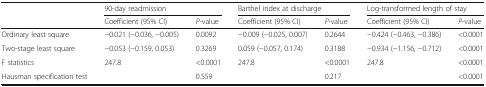
<table><thead><tr><td rowspan="2"></td><td colspan="2"><b>90-day readmission</b></td><td colspan="2"><b>Barthel index at discharge</b></td><td colspan="2"><b>Log-transformed length of stay</b></td></tr><tr><td><b>Coefficient (95% CI)</b></td><td><b><i>P</i>-value</b></td><td><b>Coefficient (95% CI)</b></td><td><b><i>P</i>-value</b></td><td><b>Coefficient (95% CI)</b></td><td><b><i>P</i>-value</b></td></tr></thead><tbody><tr><td>Ordinary least square</td><td>−0.021 (−0.036, −0.005)</td><td>0.0092</td><td>−0.009 (−0.025, 0.007)</td><td>0.2644</td><td>−0.424 (−0.463, −0.386)</td><td>&lt;0.0001</td></tr><tr><td>Two-stage least square</td><td>−0.053 (−0.159, 0.053)</td><td>0.3269</td><td>0.059 (−0.057, 0.174)</td><td>0.3188</td><td>−0.934 (−1.156, −0.712)</td><td>&lt;0.0001</td></tr><tr><td>F statistics</td><td>247.8</td><td>&lt;0.0001</td><td>247.8</td><td>&lt;0.0001</td><td>247.8</td><td>&lt;0.0001</td></tr><tr><td>Hausman specification test</td><td></td><td>0.559</td><td></td><td>0.217</td><td></td><td>&lt;0.0001</td></tr></tbody></table>